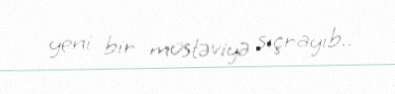
yeni bir müstəviyə sıçrayıb..